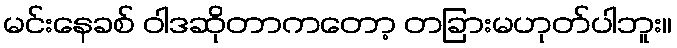
မင်းနေခစ် ဝါဒဆိုတာကတော့ တခြားမဟုတ်ပါဘူး။